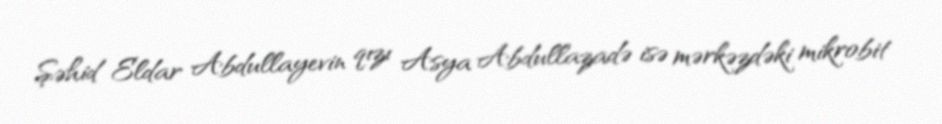
Şəhid Eldar Abdullayevin qızı Asya Abdullazadə isə mərkəzdəki mikrobit